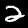
Digit: 2